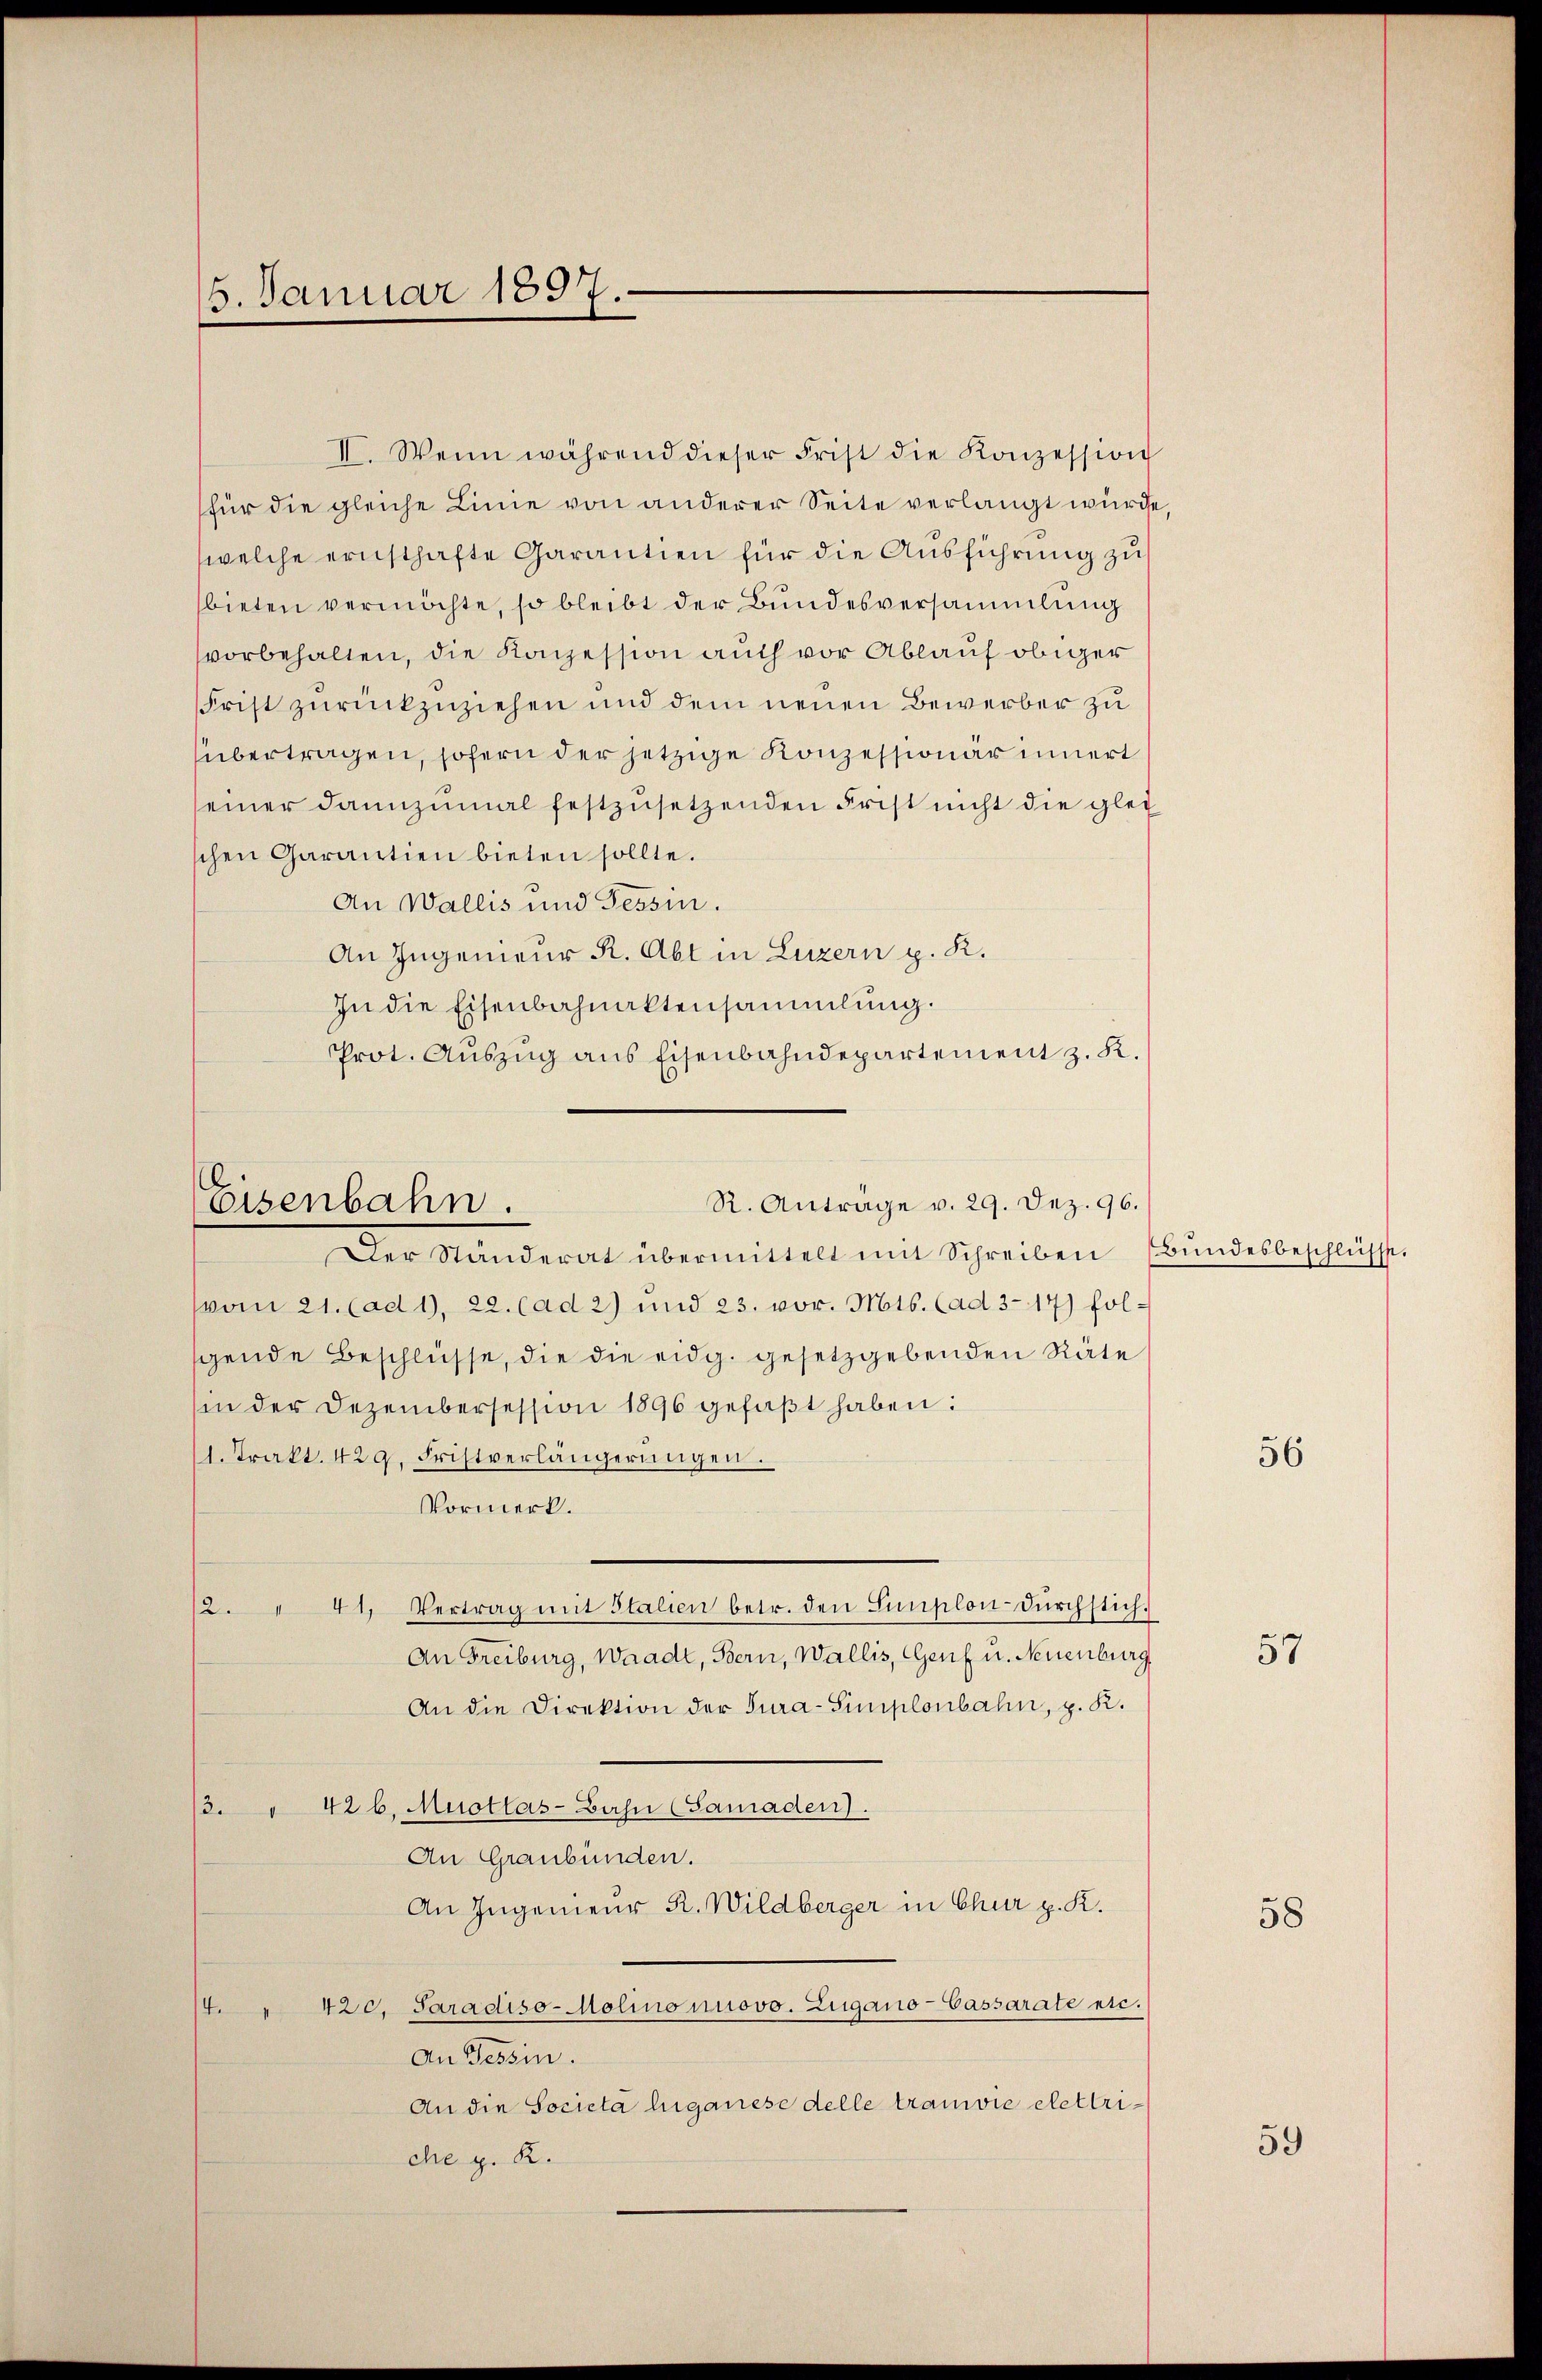
15. Januar 1897.

II. Wenn während dieser Frist die Konzession
für die gleiche Linie von anderer Seite verlangt wurde
welche ernsthafte Garantien für die Ausführung zu
bieten vermöchte, so bleibt der Bundesversammlung
vorbehalten, die Konzession auch vor Ablauf obiger
Frist zurückzuziehen und dem neuen Bewerber zu
übertragen, sofern der jetzige Konzessionär innert
einer dannzumal festzŭsetzenden Frist nicht die glei
schen Garantien bieten sollte.
An Wallis und Tessin.
An Ingenieur R. Abt in Luzern p. K.
In die Eisenbahnaktensammlung.
Prot. Auszug aus Eisenbahndepartement z. K.

Der Ständerat übermittelt mit Schreiben Bŭndesbeschlüsse.
vom 21. (ad 1, 22. Cad 2) und 23. vor. Mts. (ad 3-17) folgende Beschlüsse, die die eidg. gesetzgebenden Räte
sin der Dezembersession 1896 gefaßt haben:
1. Trakt. 429. Fristverlängerungen.
Vormerk.
18. 41. Vertrag mit Italien betr. den Simplon-Durchstich.
An Freiburg, Waadt, Bern, Wallis, Genf u. Neuenburg
An die Direktion der Tura-Simplonbahn, z. K.
3. 42 l. Muotlas-Bahn (Samaden).
An Graubünden.
An Ingenieur R. Wildberger in Chur p. K.
420. Saradiso-Molino nuovo. Zugano-Cassarate etc.
t
An Tessin.
An die Societa leganese delle tranie elettriche z. B.

R. Anträge v. 29. Dez. 96.
Eisenbahn.

56

57

58

59